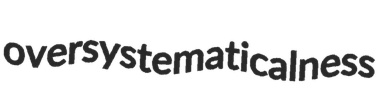
oversystematicalness